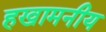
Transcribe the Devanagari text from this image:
हखामनीय